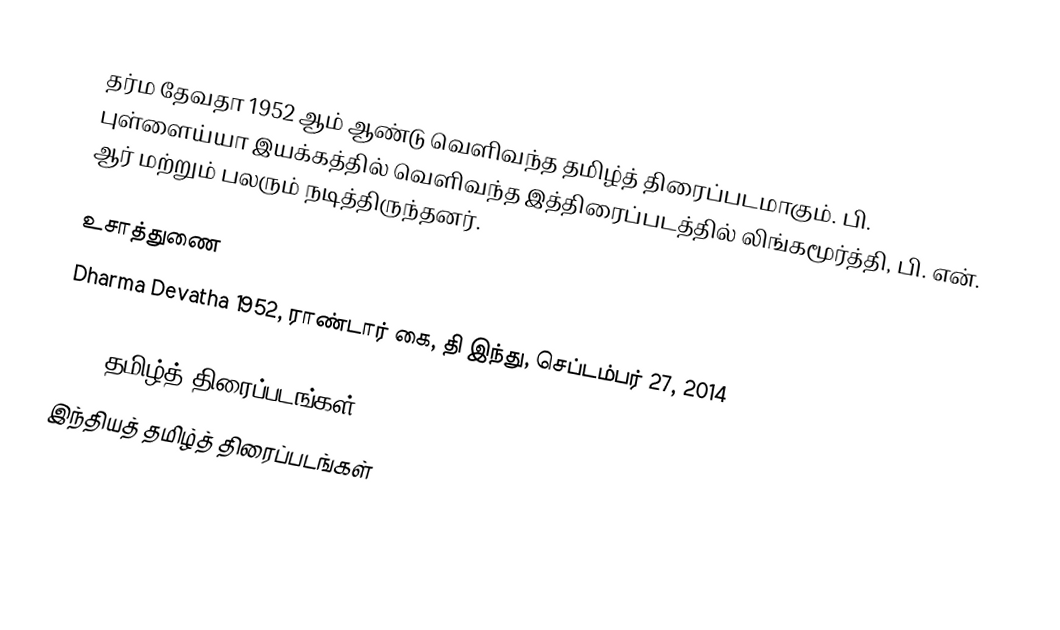
தர்ம தேவதா 1952 ஆம் ஆண்டு வெளிவந்த தமிழ்த் திரைப்படமாகும். பி. புள்ளைய்யா இயக்கத்தில் வெளிவந்த இத்திரைப்படத்தில் லிங்கமூர்த்தி, பி. என். ஆர் மற்றும் பலரும் நடித்திருந்தனர்.

உசாத்துணை
 Dharma Devatha 1952, ராண்டார் கை, தி இந்து, செப்டம்பர் 27, 2014

1952 தமிழ்த் திரைப்படங்கள்
இந்தியத் தமிழ்த் திரைப்படங்கள்